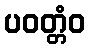
ပဝတ္တံဝ